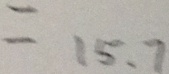
= 1 5 . 7